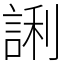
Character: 誗